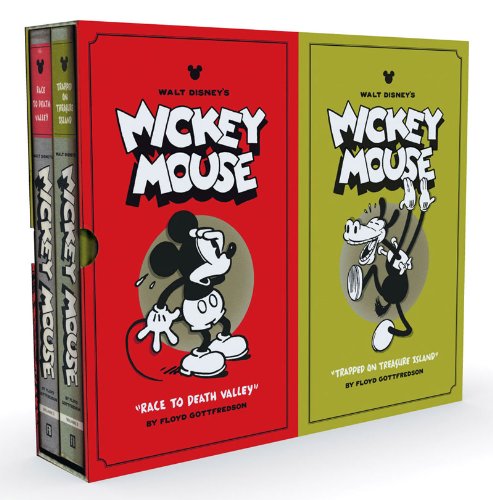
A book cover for Walt Disney's Mickey Mouse Collector's Box Set (Vol. 1-2)  (Walt Disney's Mickey Mouse); Floyd Gottfredson; Comics & Graphic Novels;